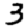
Digit: 3